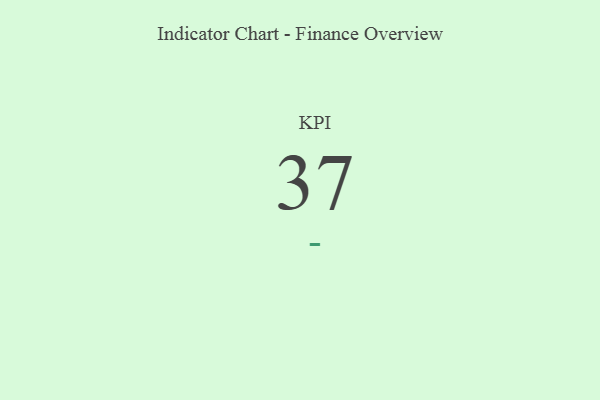
{"axis": {"x": "KPI", "y": "Value"}, "legend": [""], "data": [{"x": "KPI", "y": 37, "type": ""}]}